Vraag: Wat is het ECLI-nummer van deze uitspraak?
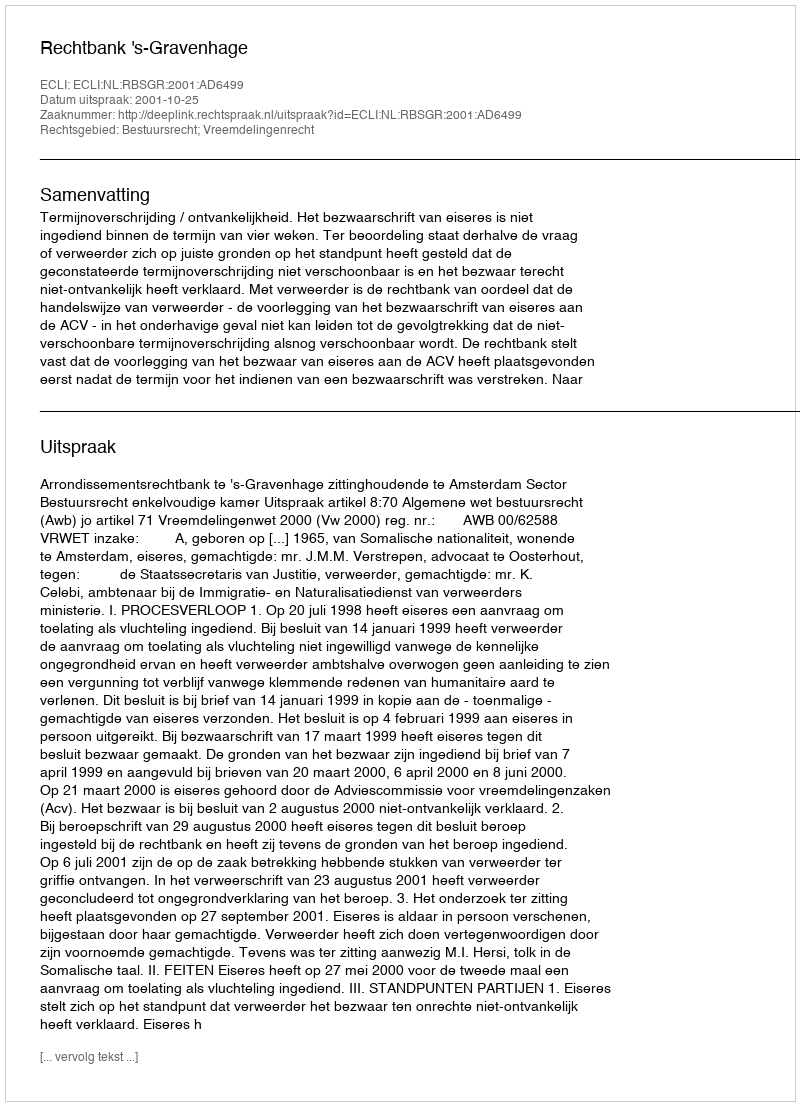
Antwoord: ECLI:NL:RBSGR:2001:AD6499